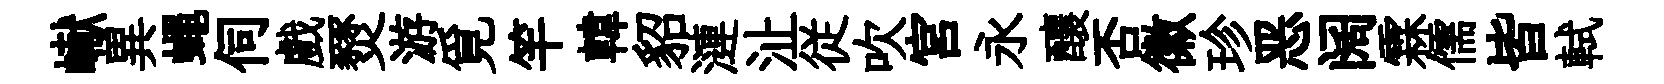
𪩘異蠅伺戲燹游覓竿韓貂漣沚従吹宫永釀否徽珍恶阔霖儒皆軾